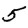
Digit: 5